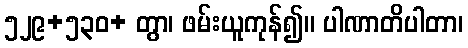
၅၂၉+၅၃၀+ တွာ၊ ဖမ်းယူကုန်၍။ ပါဏာတိပါတာ၊